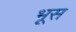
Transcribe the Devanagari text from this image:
भूस